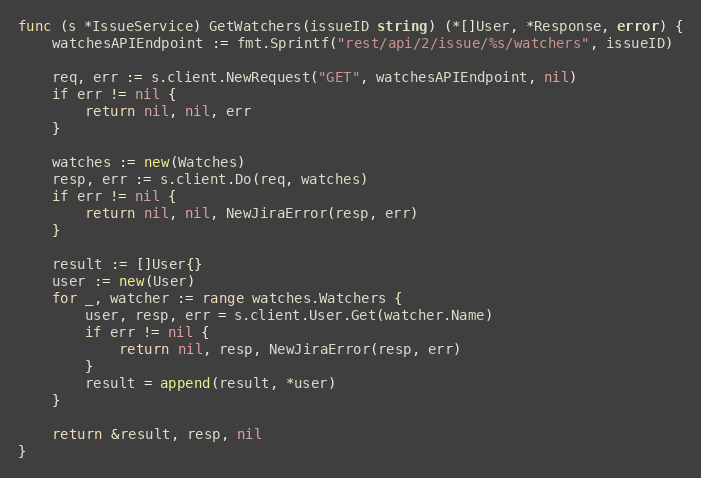
Language: Go
func (s *IssueService) GetWatchers(issueID string) (*[]User, *Response, error) {
	watchesAPIEndpoint := fmt.Sprintf("rest/api/2/issue/%s/watchers", issueID)

	req, err := s.client.NewRequest("GET", watchesAPIEndpoint, nil)
	if err != nil {
		return nil, nil, err
	}

	watches := new(Watches)
	resp, err := s.client.Do(req, watches)
	if err != nil {
		return nil, nil, NewJiraError(resp, err)
	}

	result := []User{}
	user := new(User)
	for _, watcher := range watches.Watchers {
		user, resp, err = s.client.User.Get(watcher.Name)
		if err != nil {
			return nil, resp, NewJiraError(resp, err)
		}
		result = append(result, *user)
	}

	return &result, resp, nil
}